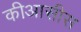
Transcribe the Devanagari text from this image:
कीआसीस